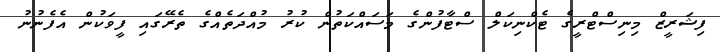
ފިޝަރީޒް މިނިސްޓްރީގެ ޓެކްނިކަލް ސްޓާފުންގެ މަސައްކަތުން ކުރު މުއްދަތެއްގެ ތެރޭގައި ފީވަކުން އެފެނުނު